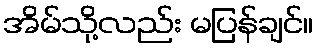
အိမ်သို့လည်း မပြန်ချင်။